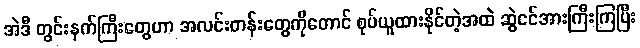
အဲဒီ တွင်းနက်ကြီးတွေဟာ အလင်းတန်းတွေကိုတောင် စုပ်ယူထားနိုင်တဲ့အထဲ ဆွဲငင်အားကြီးကြပြီး